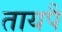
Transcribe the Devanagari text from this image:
तायपै